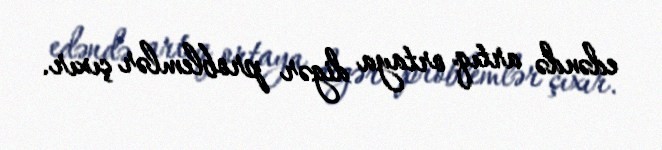
edəndə artıq ortaya digər problemlər çıxır.